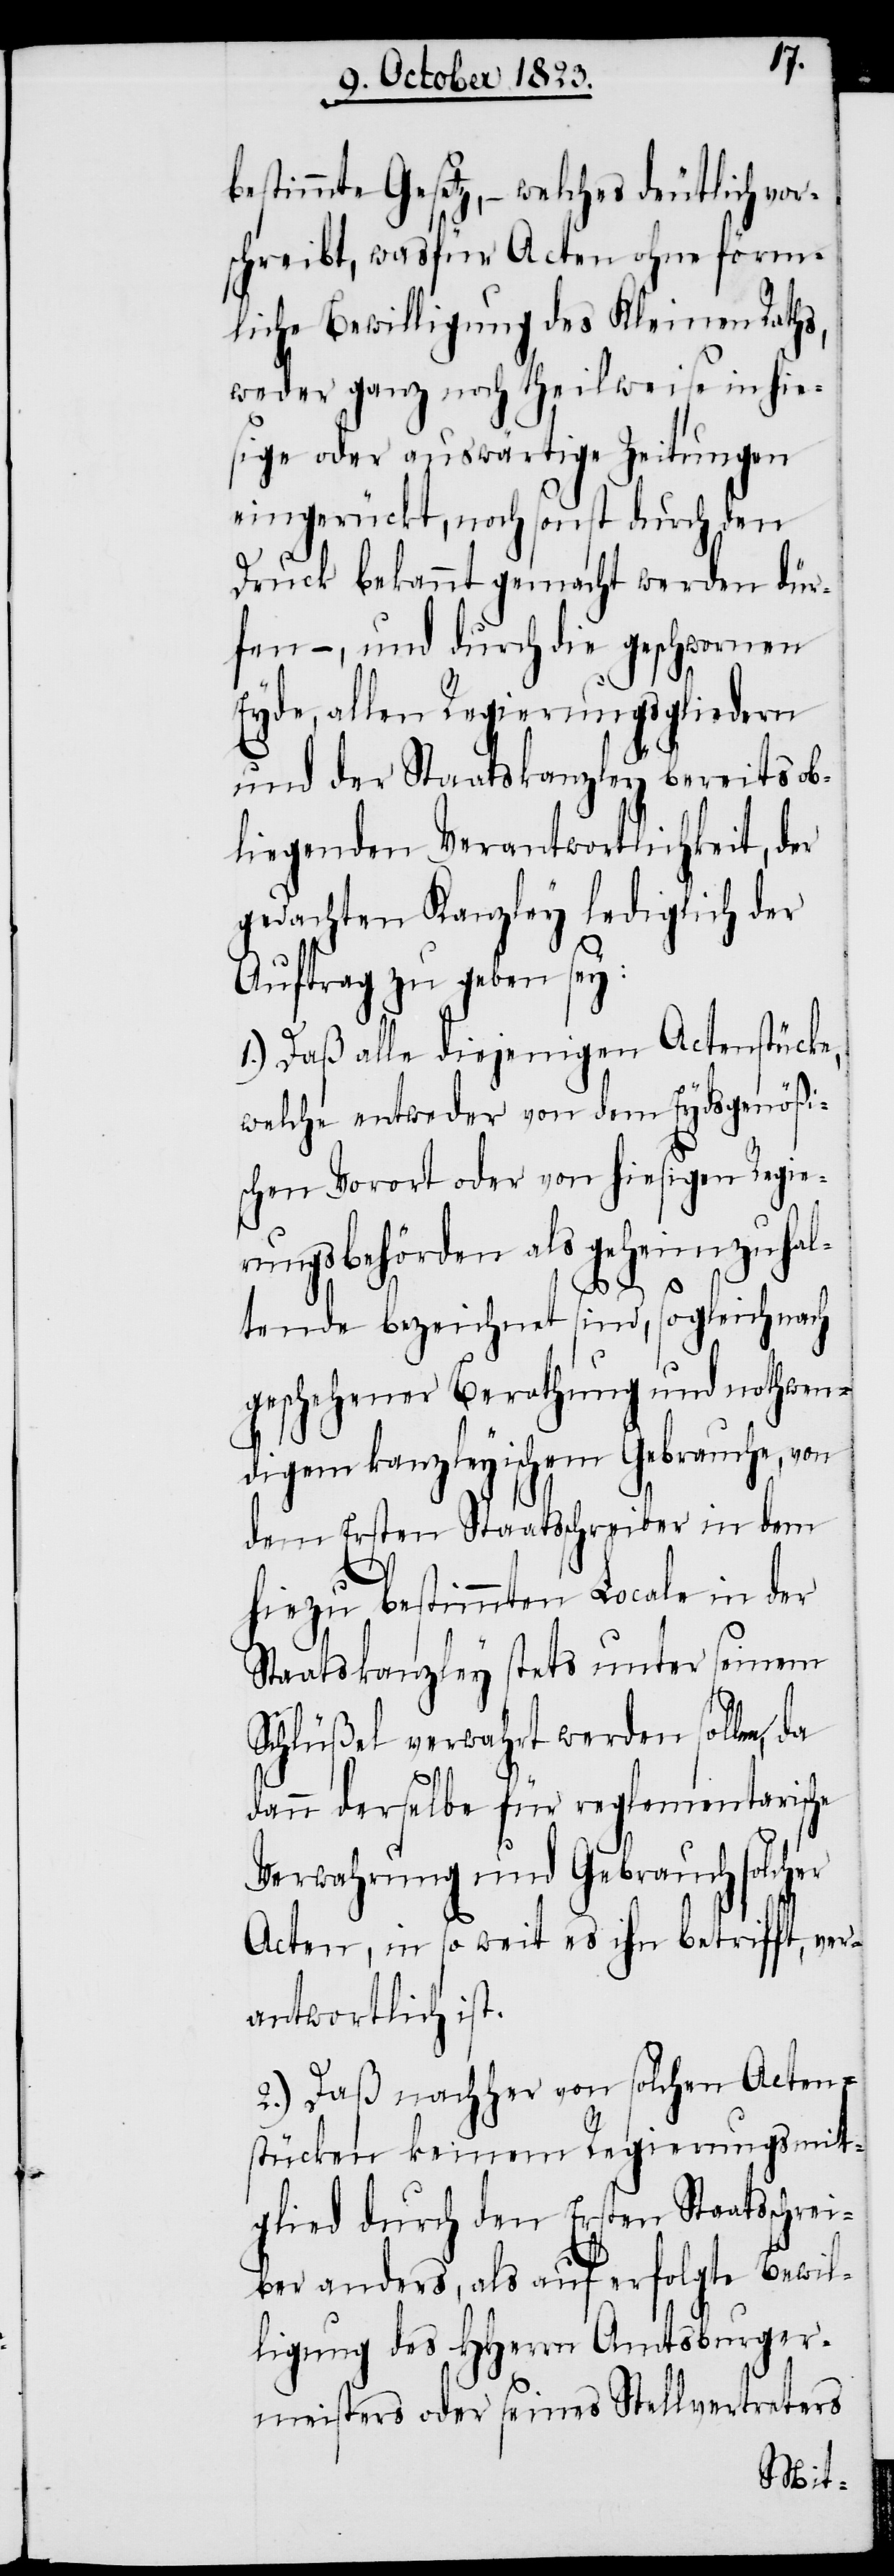
bestimmte Gesetz, − welches deutlich vor¬
schreibt, was für Acten ohne förm¬
liche Bewilligung des Kleinen Raths,
weder ganz noch theilweise in hie¬
sige oder auswärtige Zeitungen
eingerückt, noch sonst durch den
Druck bekannt gemacht werden dür¬
fen −, und durch die geschwornen
Eyde, allen Regierungsgliedern
und der Staatskanzley bereits ob¬
liegenden Verantwortlichkeit, der
gedachten Kanzley lediglich der
Auftrag zu geben sey:
1.) Daß alle diejenigen Actenstücke,
welche entweder von dem Eydsgenößi¬
schen Vorort oder von hiesigen Regie¬
rungsbehörden als geheim zu ha¬
ltende bezeichnet sind, sogleich nach
geschehener Berathung und nothwen¬
digem kanzleyischem Gebrauche, von
dem Ersten Staatsschreiber in dem
hiezu bestimmten Locale in der
Staatskanzley stets unter seinem
Schlüßel verwahrt werden sollen,
dann derselbe für reglementarische
Verwahrung und Gebrauch solcher
Acten, in so weit es ihn betrifft, ver¬
antwortlich ist.
2.) Daß nachher von solchen Acten¬
stücken keinem Regierungsmit¬
glied durch den Ersten Staatsschrei¬
ber anders, als auf erfolgte Bewil¬
ligung des HHerrn Amtsburger¬
meisters oder seines Stellvertreters